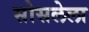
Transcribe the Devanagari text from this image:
सोसलेला